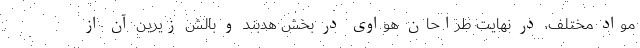
مواد مختلف، در نهایت طراحان هواوی در بخش هدبند و بالش زیرین آن از